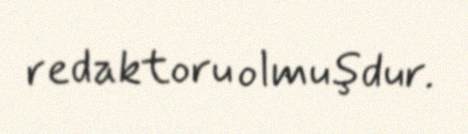
redaktoru olmuşdur.